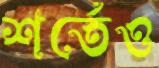
শর্তেও